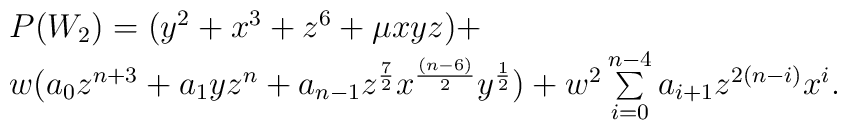
\begin {array}{lcr} P(W_2)=(y^2+x^3+z^6+ \mu xyz)+\\w(a_0 z^{n+3}+a_1 yz^n+a_{n-1} z ^{{7 \over2}}x^{{(n-6)\over 2 }} y^{{1\over 2 }} ) + w ^2\sum\limits _{i=0}^{n-4} a_{i+1}z^{2(n-i)} x^i. \end{array}